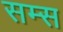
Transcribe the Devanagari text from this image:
सम्स